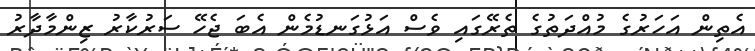
އެތިން އަހަރުގެ މުއްދަތުގެ ތެރޭގައި ވެސް އަޅުގަނޑުމެން އެބަ ޖެހޭ ސަރުކާރު ޒިންމާދާރު